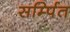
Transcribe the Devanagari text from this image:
सर्म्पित